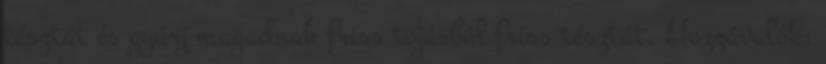
tésztát és gyúrj magadnak friss tojásból friss tésztát. Hozzávalók: